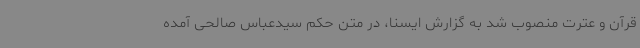
قرآن و عترت منصوب شد به گزارش ایسنا، در متن حکم سیدعباس صالحی آمده